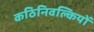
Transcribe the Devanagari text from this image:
कठिनिवल्कियों